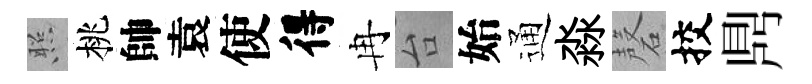
照桃帥袁使得冉台始通淼磬挍𪔂